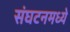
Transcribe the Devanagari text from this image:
संघटनमध्ये